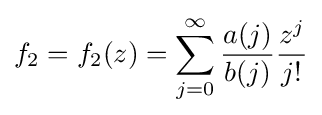
f_{2}=f_{2}(z)=\sum _{j=0}^{\infty }{\frac {a(j)}{b(j)}}{\frac {z^{j}}{j!}}